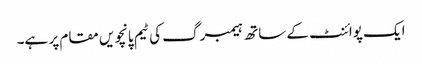
ایک پوائنٹ کے ساتھ ہیمبرگ کی ٹیم پانچویں مقام پر ہے۔